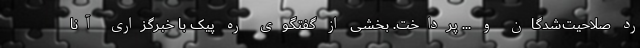
رد صلاحیت‌شدگان و ... پرداخت. بخشی از گفتگوی ره پیک با خبرگزاری آنا